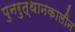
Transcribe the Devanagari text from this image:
पुनरुत्थानकालीन